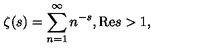
\zeta ( s ) = \sum _ { n = 1 } ^ { \infty } n ^ { - s } , \mathrm { R e } s > 1 ,